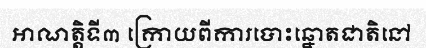
អាណត្តិទី៣ ក្រោយពីការបោះឆ្នោតជាតិនៅ